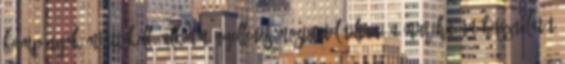
kampányok miatt kell. Alkotmányellenes mostantól tiltani a marihuána használatát